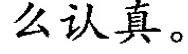
么认真。